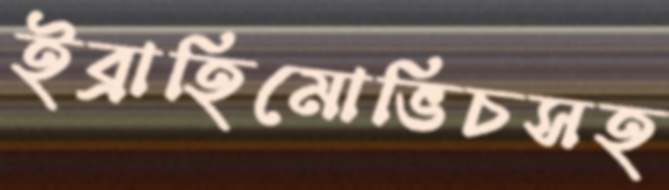
ইব্রাহিমোভিচসহ